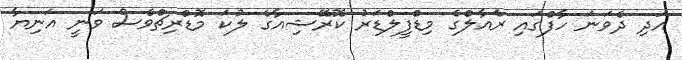
އަދި ދެވަނަ ހާފްގައި ރެއާލްގެ މިޑްފީލްޑަރު ކޮރޭޝިއާގެ ލުކަ މޮޑްރިޗްވެސް ވަނީ އަނިޔާ